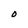
Character: 0